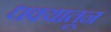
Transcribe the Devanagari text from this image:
धक्यातून